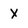
Character: X